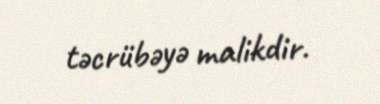
təcrübəyə malikdir.